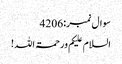
سوال نمبر:4206
السلام علیکم ورحمۃ اللہ!